Eesti_Rahvusfond, lk 26
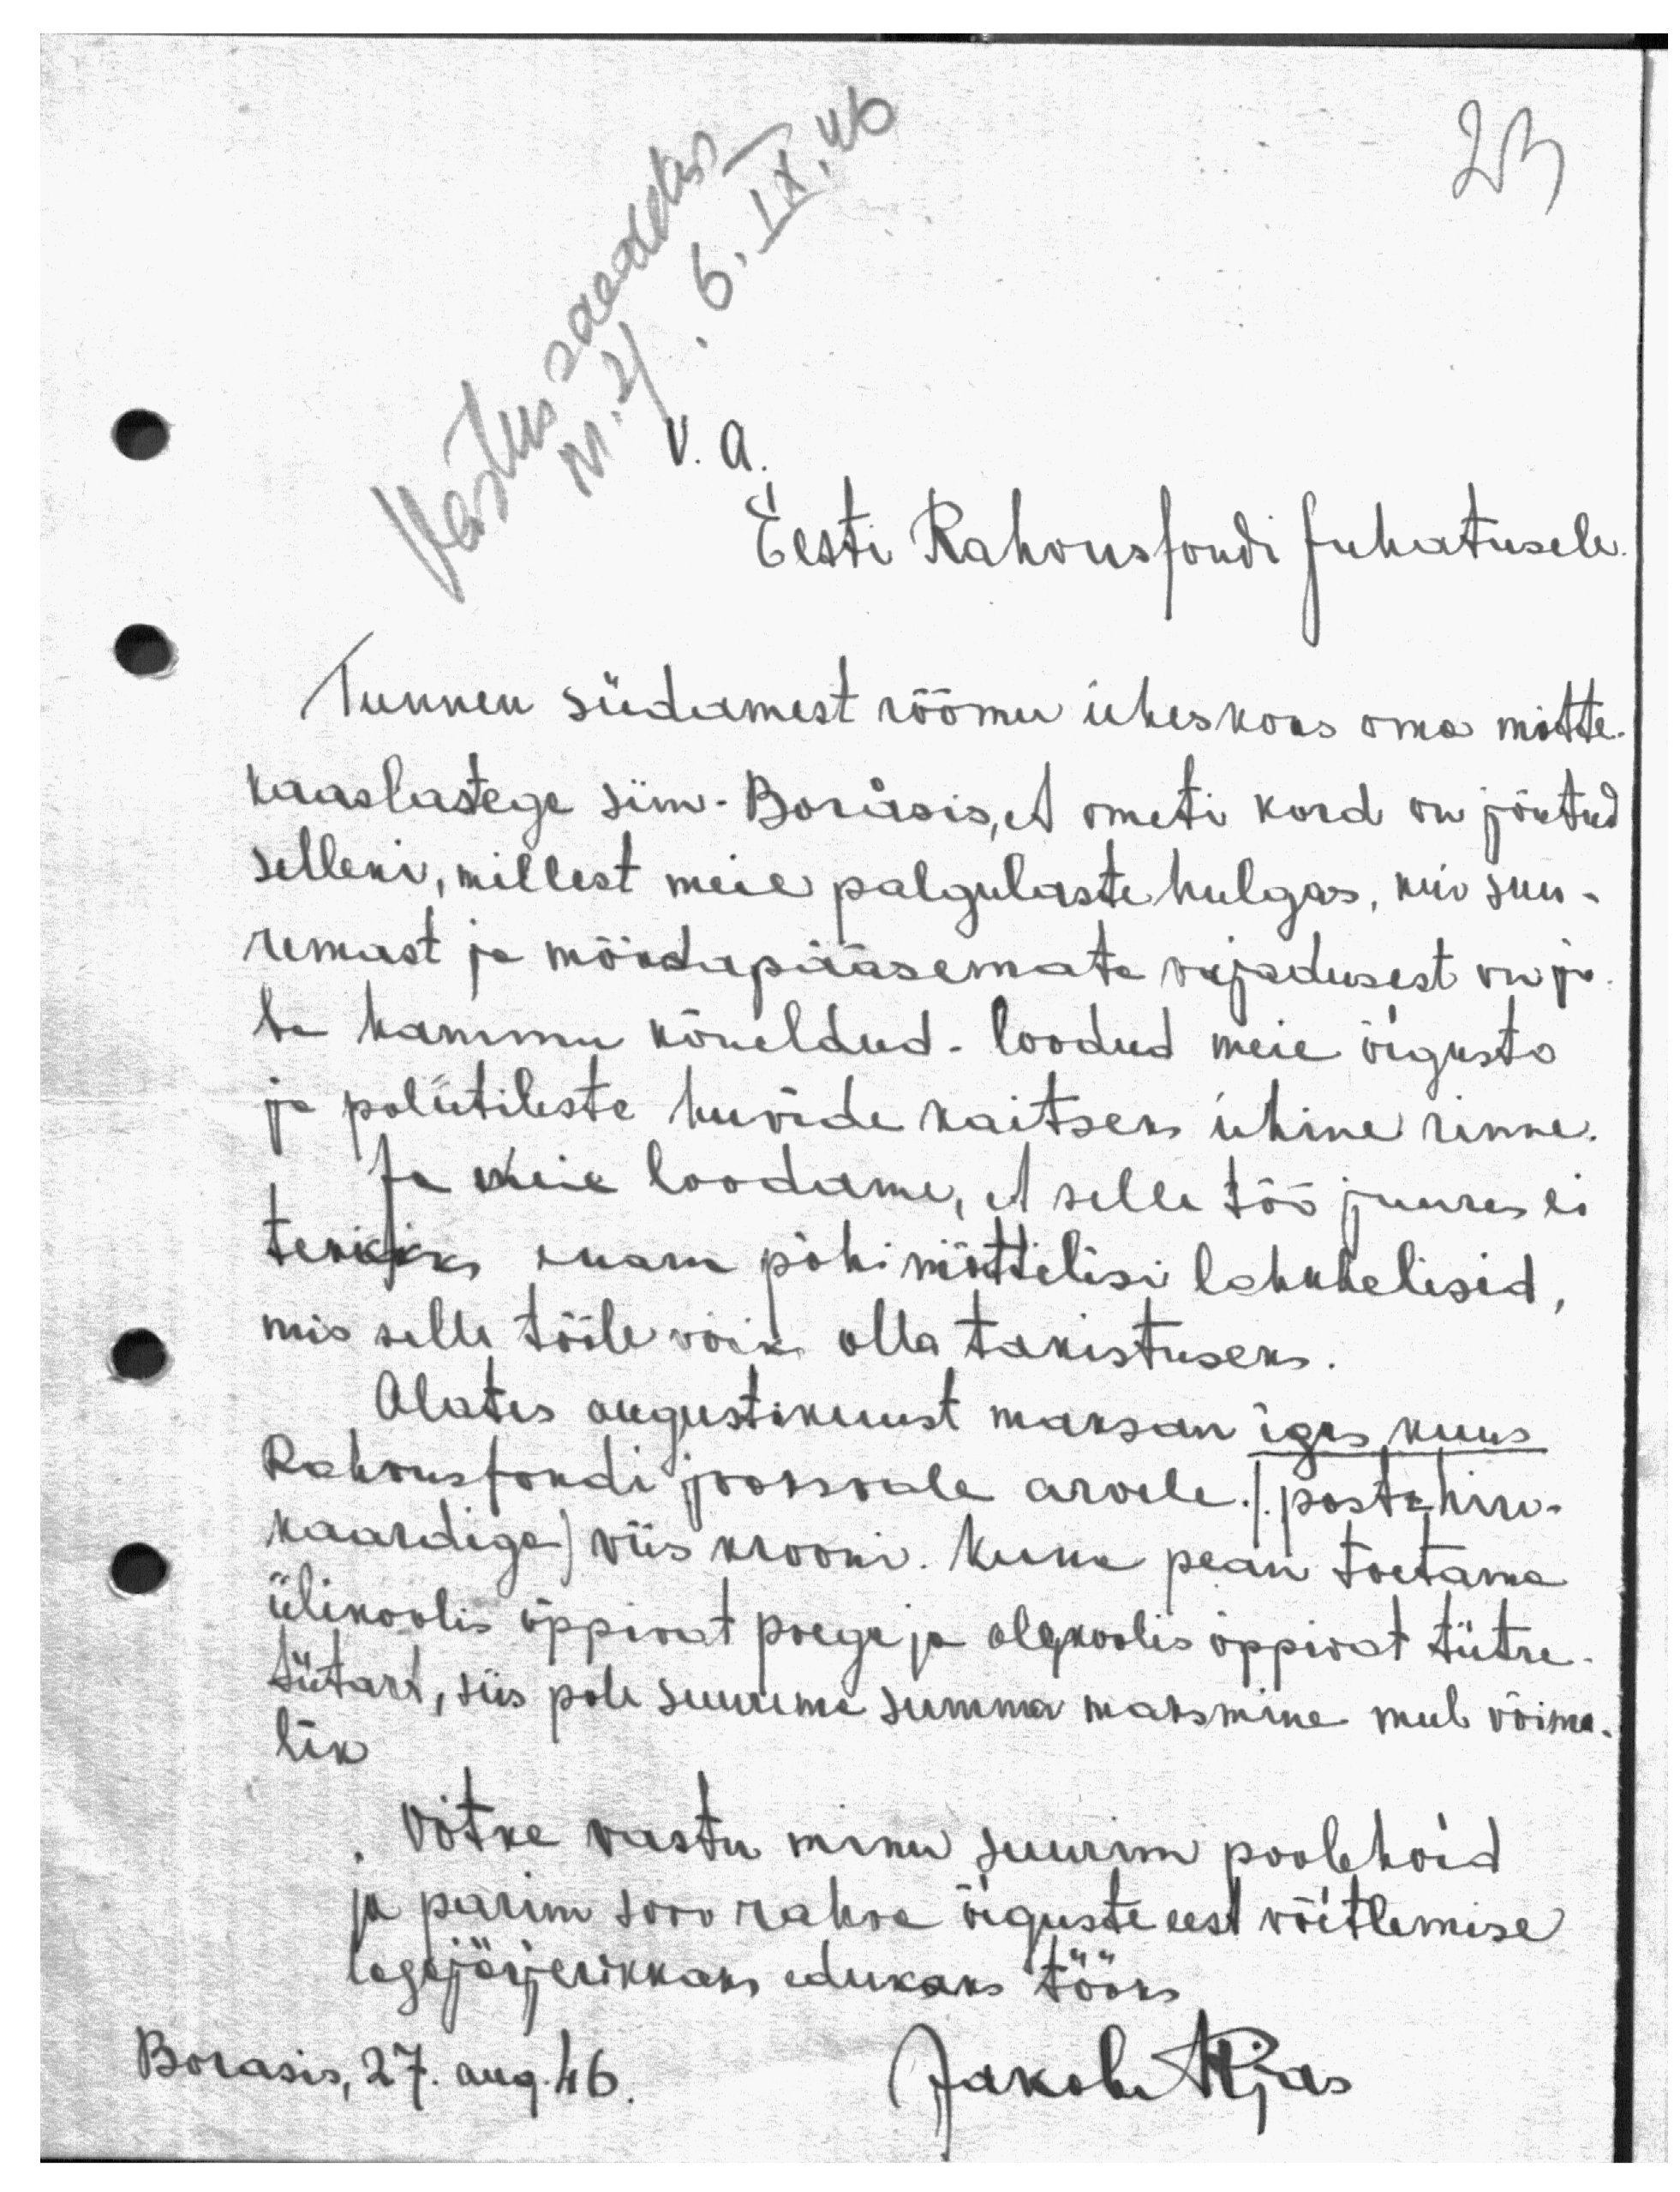
23

Eesti Rahvusfondi Juhatusele.
V. A.
Tunnen südamest rõõmu üheskoos oma mõtte-
kaaslastega siin - Boråsis,et ometi kord on jõutud
selleni, millest meie palgulaste hulgas, mis suu-
remast ja möödapääsemata vajadusest on ju-
ba hammu kõneldud - loodud meie õiguste
ja poliitileste huvide kaitseks ühine rinne.
Ja meie loodame, et selle töö juures ei
tekkiks enam põhimõttelisi lahkhelisid,
mis selle tööle võiks olla takistuseks.
Alates augustikuust maksan igas kuus
Rahvusfondi jooksvale arvele / postihin-
kaardiga) viis krooni. Kuna pean toetama
ülikoolis õppivat poega ja algkoolis õppivat tütre-
tütart, siis pole suurema summa maksmine mul võima-
lik
Võtke vastu minu suurim poolehoid
ja parim soov rahva õiguste eest võitlemise
tagajärjerikkaks edukaks tööks
Borasis, 27. aug. 46.
Jakob Aljas